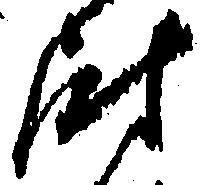
尉